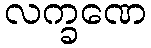
လက္ခဏေ